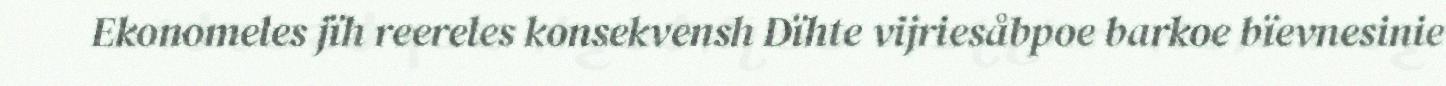
Ekonomeles jïh reereles konsekvensh Dïhte vijriesåbpoe barkoe bïevnesinie